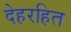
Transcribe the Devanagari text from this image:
देहरहित